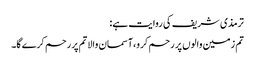
ترمذی شریف کی روایت ہے:
تم زمین والوں پر رحم کرو،آسمان والا تم پر رحم کرے گا۔